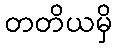
တတိယမှိ